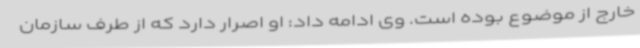
خارج از موضوع بوده است. وی ادامه داد: او اصرار دارد که از طرف سازمان